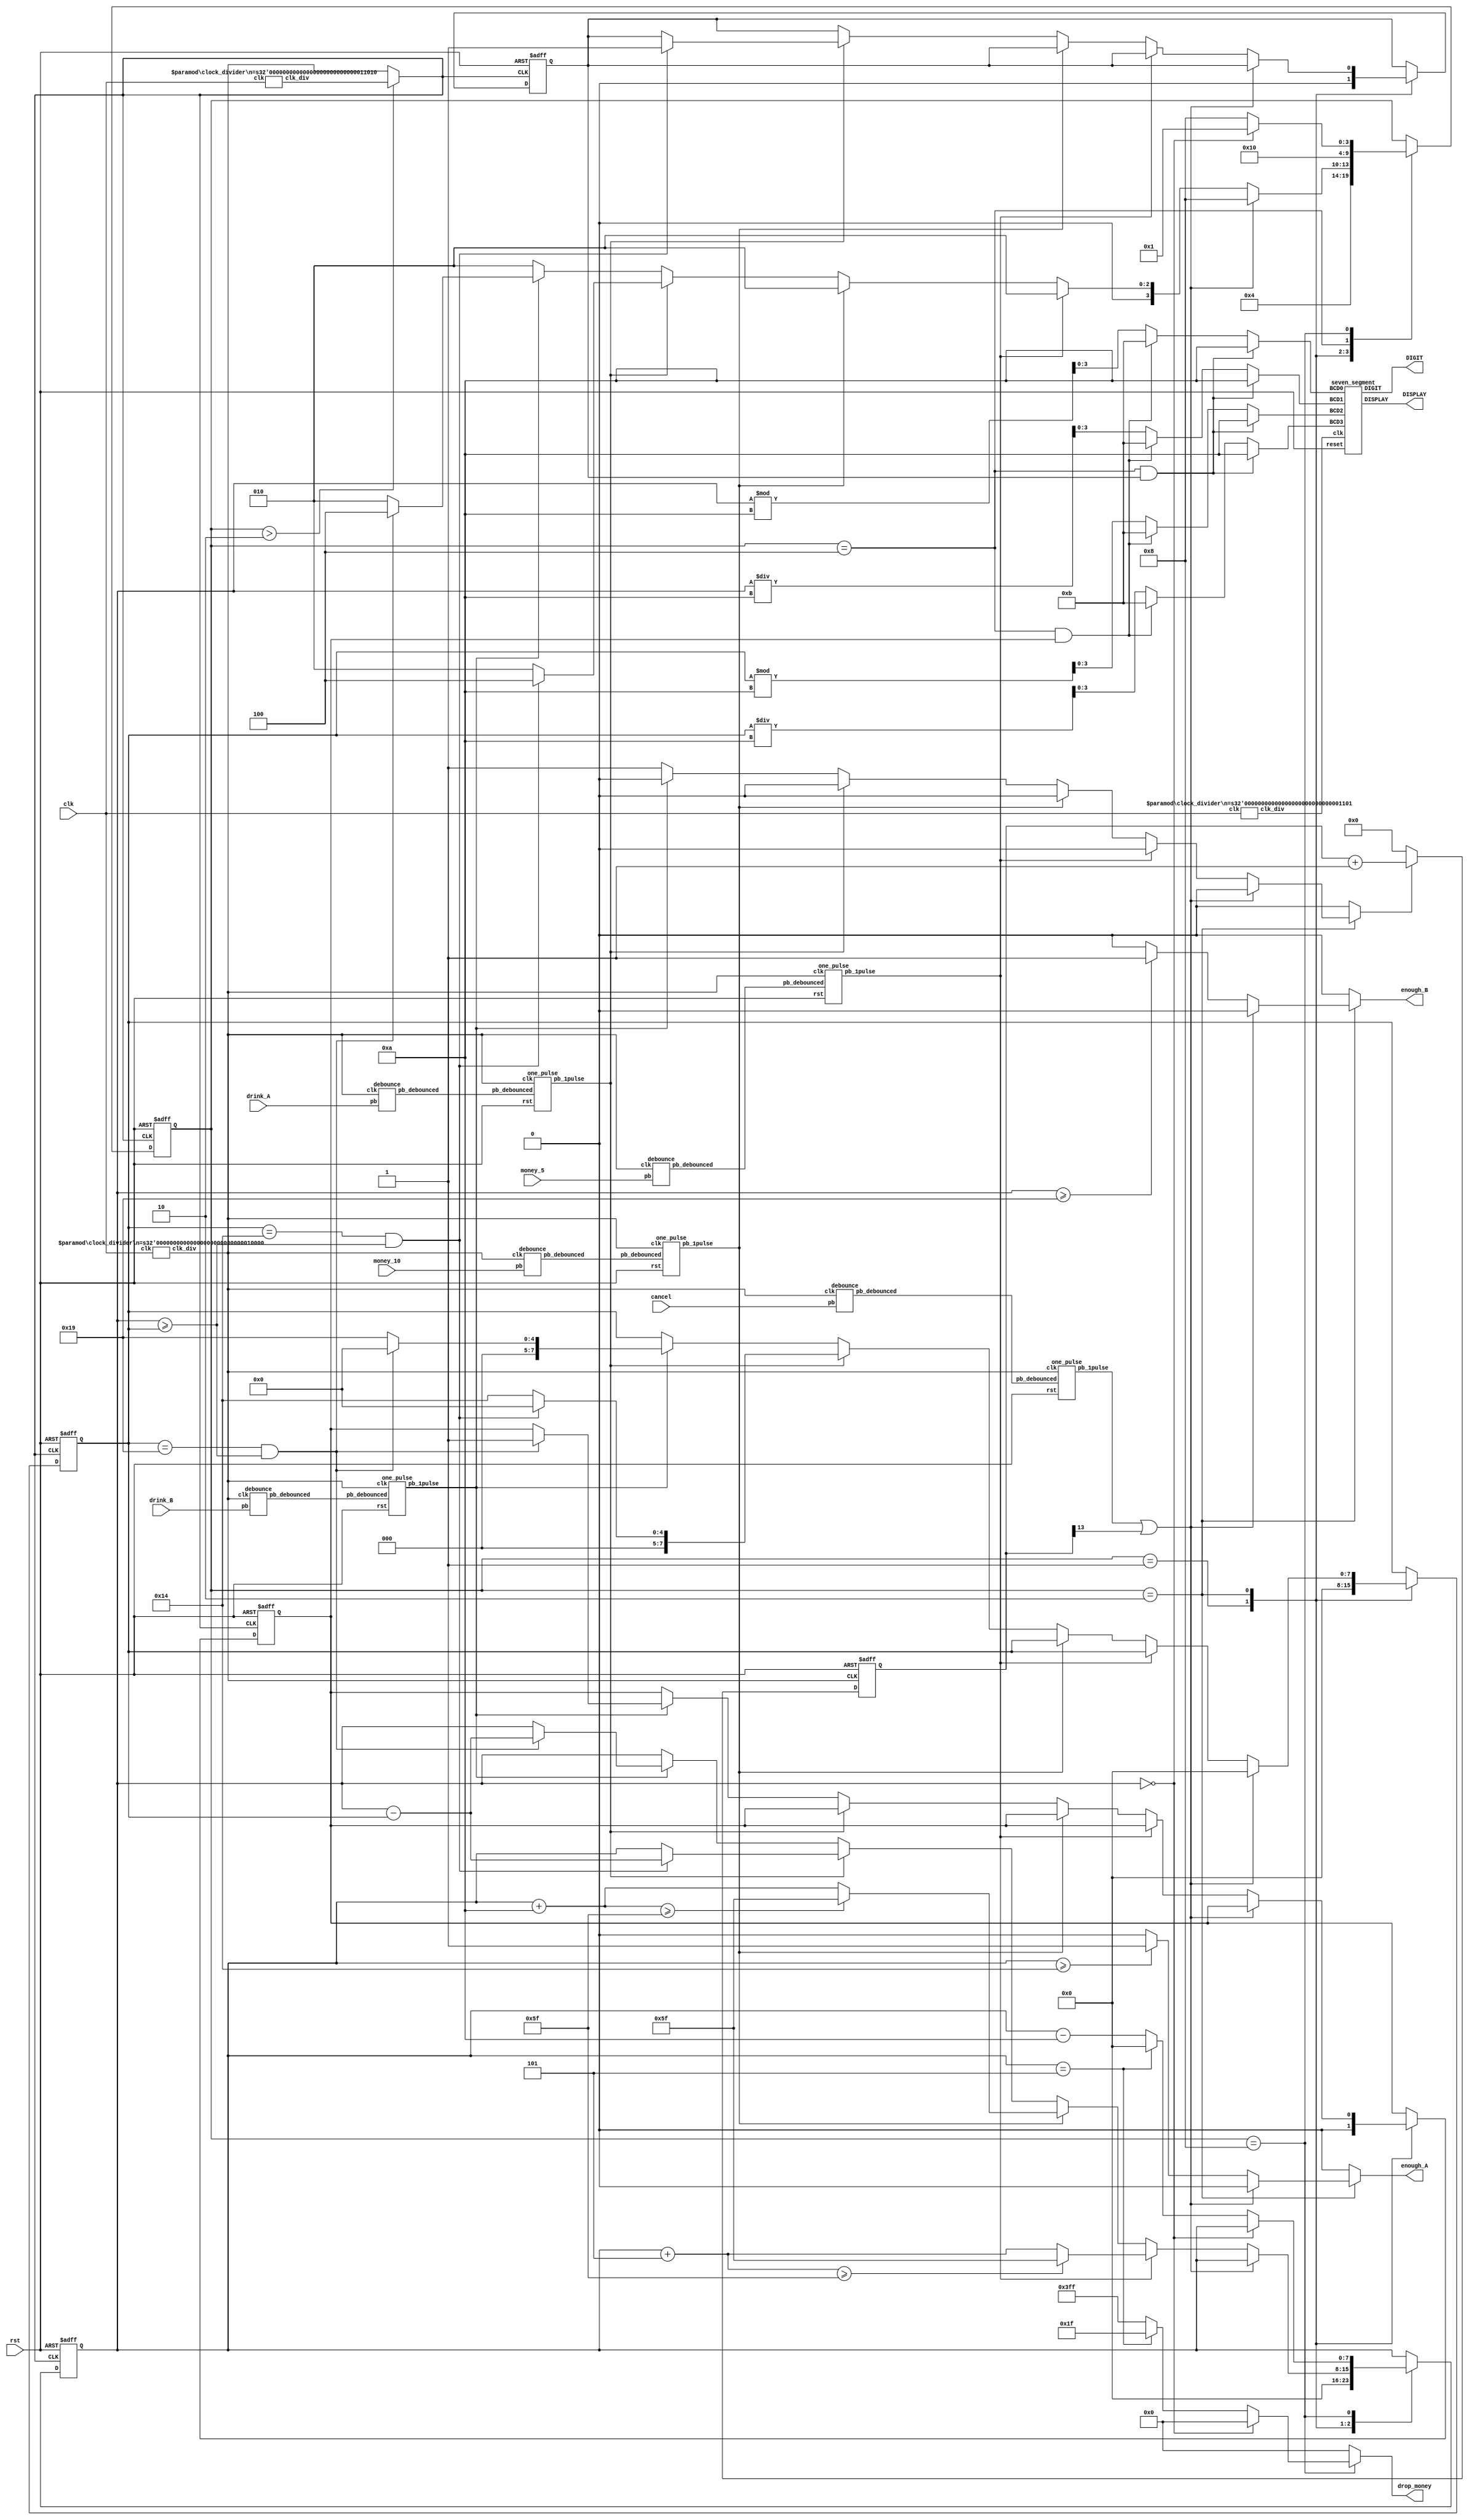
`timescale 1ns/100ps
`define INITIAL 5'b00001
`define DEPOSIT 5'b00010
`define BUY     5'b00100
`define CHANGE  5'b01000

module lab05(clk, rst, money_5, money_10, cancel, drink_A, drink_B, drop_money, enough_A, enough_B, DIGIT, DISPLAY);
    input clk;
    input rst;
    input money_5;
    input money_10;
    input cancel;
    input drink_A;
    input drink_B;
    output reg[9:0] drop_money;
    output reg enough_A;
    output reg enough_B;
    output [3:0] DIGIT;
    output [6:0] DISPLAY;

    wire clk_div_13, clk_div_16, clk_div_26;
    clock_divider #(.n(13)) c1 (.clk(clk), .clk_div(clk_div_13));
    clock_divider #(.n(16)) c2 (.clk(clk), .clk_div(clk_div_16));
    clock_divider #(.n(26)) c3 (.clk(clk), .clk_div(clk_div_26));

    wire db_5, db_10, db_cancel, db_drink_A, db_drink_B;
    debounce d_5 (db_5, money_5, clk_div_16);
    debounce d_10 (db_10, money_10, clk_div_16);
    debounce d_cnl (db_cancel, cancel, clk_div_16);
    debounce d_A (db_drink_A, drink_A, clk_div_16);
    debounce d_B (db_drink_B, drink_B, clk_div_16);

    wire op_money_5, op_money_10, op_cancel, op_drink_A, op_drink_B;
    one_pulse o_5 (rst, clk_div_16, db_5, op_money_5);
    one_pulse o_10 (rst, clk_div_16, db_10, op_money_10);
    one_pulse o_cnl (rst, clk_div_16, db_cancel, op_cancel);
    one_pulse o_A (rst, clk_div_16, db_drink_A, op_drink_A);
    one_pulse o_B (rst, clk_div_16, db_drink_B, op_drink_B);

    wire [3:0] BCD0, BCD1, BCD2, BCD3;
    reg [4:0] state, next_state;
    // max value = 95, use 8-bit reg
    reg [7:0] cost, balance;  // balance: money that has been deposited so far
    reg [7:0] next_cost, next_balance;
    reg flag_A, flag_B, next_flag_A, next_flag_B;
    wire idle;
    reg start_idle;

    wire clk_select;
    assign clk_select = (state > `DEPOSIT)? clk_div_26 : clk_div_16;
    // FSM
    always @ (posedge clk_select or posedge rst) begin
        if (rst) begin
            state <= `INITIAL;
            cost <= 8'd0;
            balance <= 8'd0;
            flag_A <= 1'b0;
            flag_B <= 1'b0;
        end else begin
            state <= next_state;
            cost <= next_cost;
            balance <= next_balance;
            flag_A <= next_flag_A;
            flag_B <= next_flag_B;
        end
    end

    always @ ( * ) begin
        next_state = state;
        next_cost = cost;
        next_balance = balance;
        next_flag_A = flag_A;
        next_flag_B = flag_B;
        enough_A = 1'b0;
        enough_B = 1'b0;
        drop_money = 10'b0;
        start_idle = 1'b0;
        case (state)
            `INITIAL: begin
                next_cost = 8'd0;
                next_balance = 8'd0;
                next_flag_A = 1'b0;
                next_flag_B = 1'b0;
                next_state = `DEPOSIT;
            end
            `DEPOSIT: begin
                if (op_cancel || idle) begin
                    next_state = `CHANGE;
                    next_cost = 8'd0;
                end else begin
                    next_state = `DEPOSIT;
                    enough_A = (balance >= 8'd20)? 1:0;
                    enough_B = (balance >= 8'd25)? 1:0;
                    if (op_money_5) begin
                        next_balance = (balance + 8'd5 >= 8'd95)? 8'd95 : balance + 8'd5;
                    end else if (op_money_10) begin
                        next_balance = (balance + 8'd10 >= 8'd95)? 8'd95 : balance + 8'd10;
                    end else if (op_drink_A) begin
                        // if push the same drink second time, go to BUY state
                        if ((cost==8'd20) && (balance >= cost)) begin
                            next_cost = 8'd0;
                            next_balance = balance - cost;
                            next_flag_A = 1'b1;
                            next_state = `BUY;
                        end else begin
                            next_cost = 8'd20;
                        end
                    end else if (op_drink_B) begin
                        if ((cost==8'd25) && (balance >= cost)) begin
                            next_cost = 8'd0;
                            next_balance = balance - cost;
                            next_flag_B = 1'b1;
                            next_state = `BUY;
                        end else begin
                            next_cost = 8'd25;
                        end
                    end else begin
                        start_idle = 1'b1;
                    end
                end
            end
            `BUY: begin
                // show drink's name for one cycle
                enough_A = 1'b0;
                enough_B = 1'b0;
                next_state = `CHANGE;
            end
            `CHANGE: begin
                if (balance == 8'd0) begin
                    drop_money = 10'b0;
                    next_state = `INITIAL;
                end else begin
                    next_state = `CHANGE;
                    if (balance == 8'd5) begin
                        next_balance = 8'd0;
                        drop_money = 10'b0000011111;
                    end else  begin
                        next_balance = balance - 8'd10;
                        drop_money = 10'b1111111111;
                    end
                end
            end

        endcase
    end

    assign BCD3 = (state==`BUY && flag_A)? 4'd10: (state==`BUY && flag_B)? 4'd11 : cost/10;
    assign BCD2 = (state==`BUY && flag_A)? 4'd10: (state==`BUY && flag_B)? 4'd11 : cost%10;
    assign BCD1 = (state==`BUY && flag_A)? 4'd10: (state==`BUY && flag_B)? 4'd11 : balance/10;
    assign BCD0 = (state==`BUY && flag_A)? 4'd10: (state==`BUY && flag_B)? 4'd11 : balance%10;

    seven_segment s1 (clk_div_13, rst, BCD0, BCD1, BCD2, BCD3, DIGIT, DISPLAY);

    // Trigger idle when no action for 5-10s
    reg [14-1:0] num;
    wire [14-1:0] next_num;
    always @ (posedge clk_div_16 or posedge rst) begin
        if (rst)
            num <= 14'd0;
        else
            num <= next_num;
    end
    assign next_num = (start_idle)? num + 1 : 14'd0;
    assign idle = num[14-1];

endmodule

module clock_divider(clk, clk_div);
    parameter n = 26;
    input clk;
    output clk_div;

    reg [n-1:0] num;
    wire [n-1:0] next_num;

    always @(posedge clk) begin
        num <= next_num;
    end

    assign next_num = num + 1'b1;
    assign clk_div = num[n-1];

endmodule

module debounce (pb_debounced, pb, clk);
    output pb_debounced; // output after being debounced
    input pb; // input from a pushbutton
    input clk;
    reg [3:0] shift_reg; // use shift_reg to filter the bounce

    always @(posedge clk) begin
        shift_reg[3:1] <= shift_reg[2:0];
      	shift_reg[0] <= pb;
    end

    assign pb_debounced = ((shift_reg == 4'b1111) ? 1'b1 : 1'b0);

endmodule

module one_pulse (
    input wire rst,
    input wire clk,
    input wire pb_debounced,
    output reg pb_1pulse
);
    // internal registers
    reg pb_1pulse_next;
    reg pb_debounced_delay;

    always @* begin
        pb_1pulse_next = pb_debounced & ~pb_debounced_delay;
    end

    always @(posedge clk, posedge rst) begin
        if (rst == 1'b1) begin
            pb_1pulse = 1'b0;
            pb_debounced_delay = 1'b0;
        end else begin
            pb_1pulse = pb_1pulse_next;
            pb_debounced_delay = pb_debounced;
        end
    end

endmodule

module seven_segment(clk, reset, BCD0, BCD1, BCD2, BCD3, DIGIT, DISPLAY);
    input clk, reset;
    input [3:0] BCD0, BCD1, BCD2, BCD3;
    output reg [3:0] DIGIT;
    output reg [6:0] DISPLAY;
    reg [3:0] value;

    always @(posedge clk or posedge reset) begin
        if (reset) begin
            value = 4'd0;
            DIGIT = 4'b0;
        end
        else begin
            case (DIGIT)
                4'b1110: begin
                    value = BCD1;
                    DIGIT = 4'b1101;
                end
                4'b1101: begin
                    value = BCD2;
                    DIGIT = 4'b1011;
                end
                4'b1011: begin
                    value = BCD3;
                    DIGIT = 4'b0111;
                end
                4'b0111: begin
                    value = BCD0;
                    DIGIT = 4'b1110;
                end
                default: begin
                    value = BCD0;
                    DIGIT = 4'b1110;
                end
          endcase
        end
    end

    always @(* )begin
        case (value)
            4'd0: DISPLAY = 7'b0000001;
            4'd1: DISPLAY = 7'b1001111;
            4'd2: DISPLAY = 7'b0010010;
            4'd3: DISPLAY = 7'b0000110;
            4'd4: DISPLAY = 7'b1001100;
            4'd5: DISPLAY = 7'b0100100;
            4'd6: DISPLAY = 7'b0100000;
            4'd7: DISPLAY = 7'b0001111;
            4'd8: DISPLAY = 7'b0000000;
            4'd9: DISPLAY = 7'b0000100;
            4'd10: DISPLAY = 7'b0000010; //a
            4'd11: DISPLAY = 7'b1100000; //b
            default: DISPLAY = 7'b0000100;
        endcase
   end
endmodule